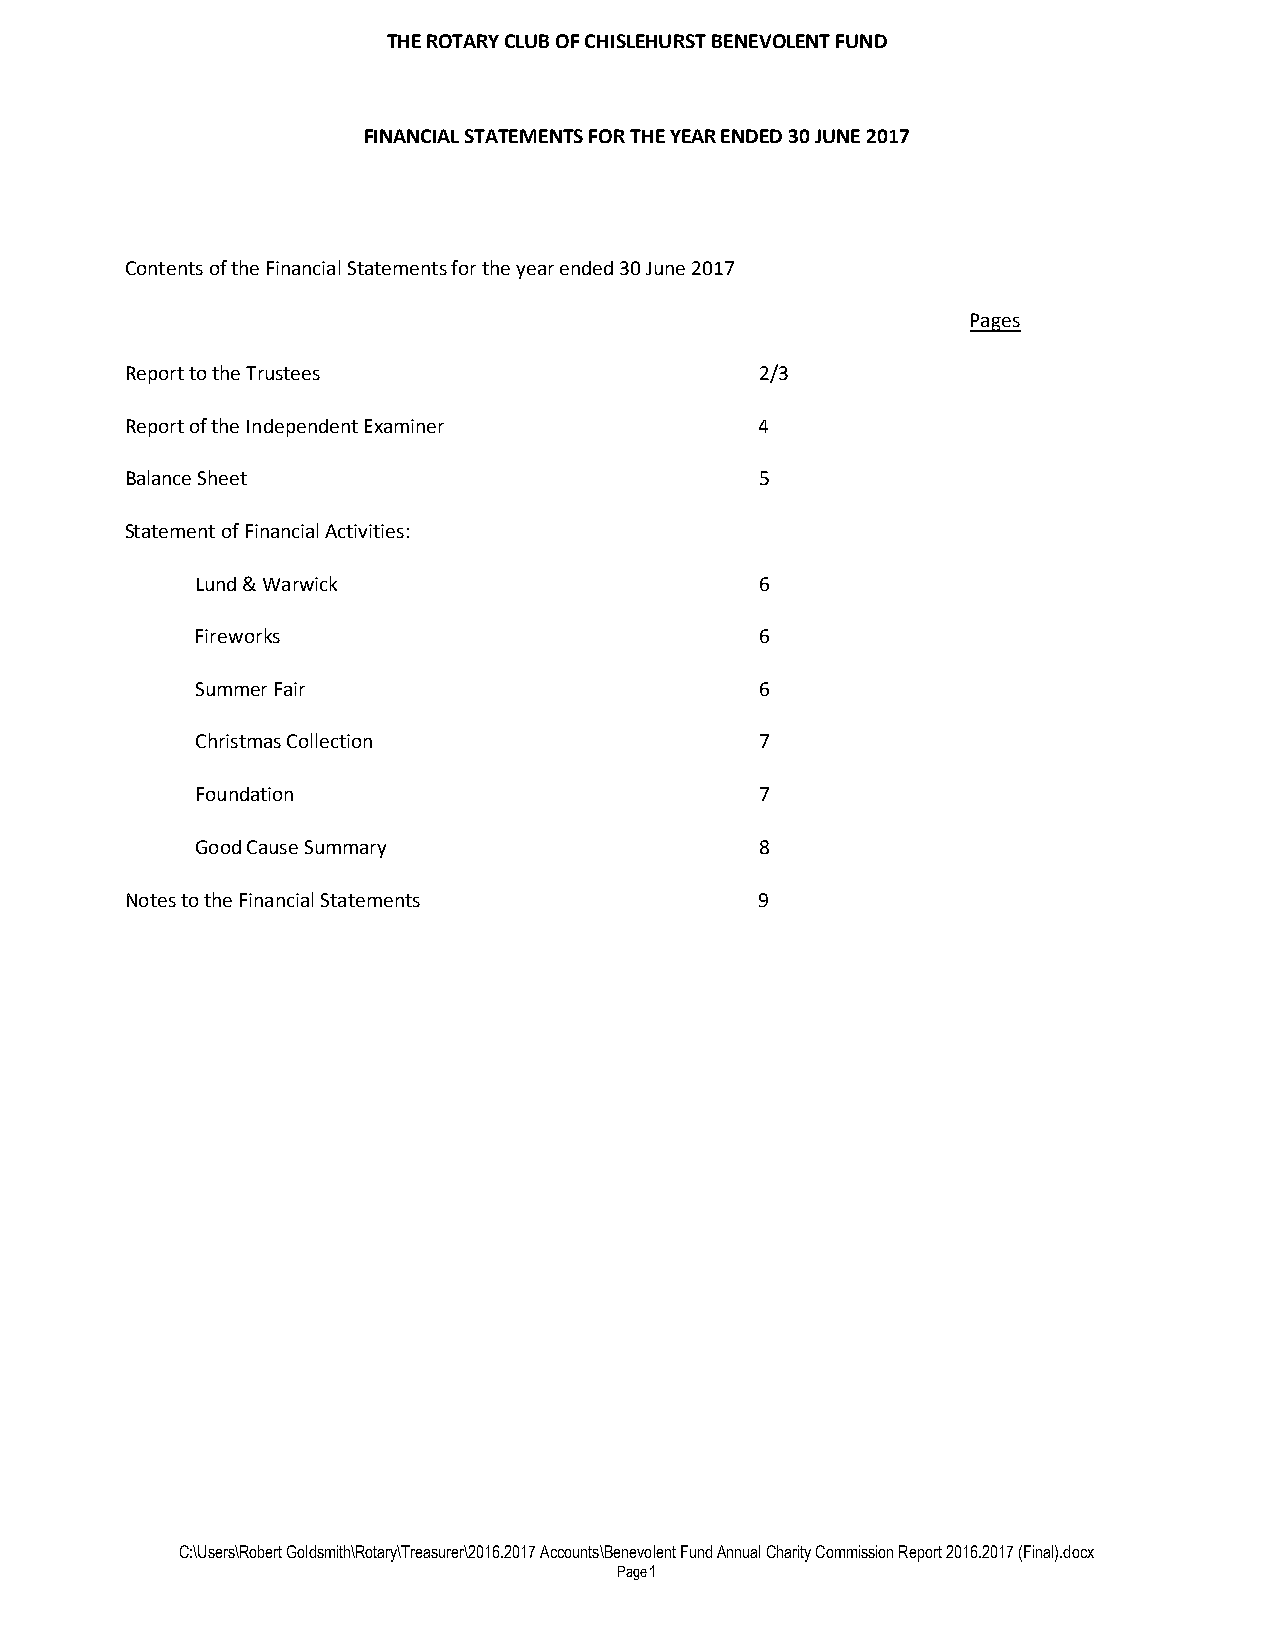
THE ROTARY CLUB OF CHISLEHURST BENEVOLENT FUND
 FINANCIAL STATEMENTS FOR THE YEAR ENDED 30 JUNE 2017
 Contents of the Financial Statements for the year ended 30 June 2017
 Pages
 Report to the Trustees                    2/3
 Report of the Independent Examiner        4
 Balance Sheet                             5
 Statement of Financial Activities:
 Lund & Warwick                       6
 Fireworks                            6
 Summer Fair                          6
 Christmas Collection                 7
 Foundation                           7
 Good Cause Summary                   8
 Notes to the Financial Statements         9
 C:\Users\Robert Goldsmith\Rotary\Treasurer\2016.2017 Accounts\Benevolent Fund Annual Charity Commission Report 2016.2017 (Final).docx
 Page1